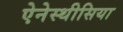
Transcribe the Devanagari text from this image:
ऐनेस्थीसिया